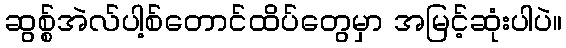
ဆွစ္စ်အဲလ်ပါ့စ်တောင်ထိပ်တွေမှာ အမြင့်ဆုံးပါပဲ။